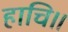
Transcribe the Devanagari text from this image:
हाचि॥